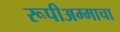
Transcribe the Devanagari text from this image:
रूपीअम्माचा